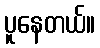
ပူနေတယ်။